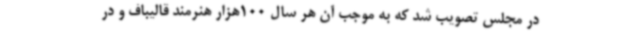
در مجلس تصویب شد که به موجب آن هر سال 100هزار هنرمند قالیباف و در